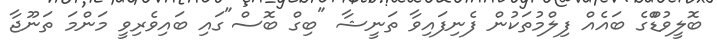
ބޮލީވުޑްްގެ ބައެއް ފިލްމުތަކުން ފެނިފައިވާ ތަނީޝާ "ބިގް ބޮސް"ގައި ބައިވެރިވީ މަންމަ ތަނޫޖާ